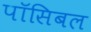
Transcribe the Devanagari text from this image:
पॉसिबल